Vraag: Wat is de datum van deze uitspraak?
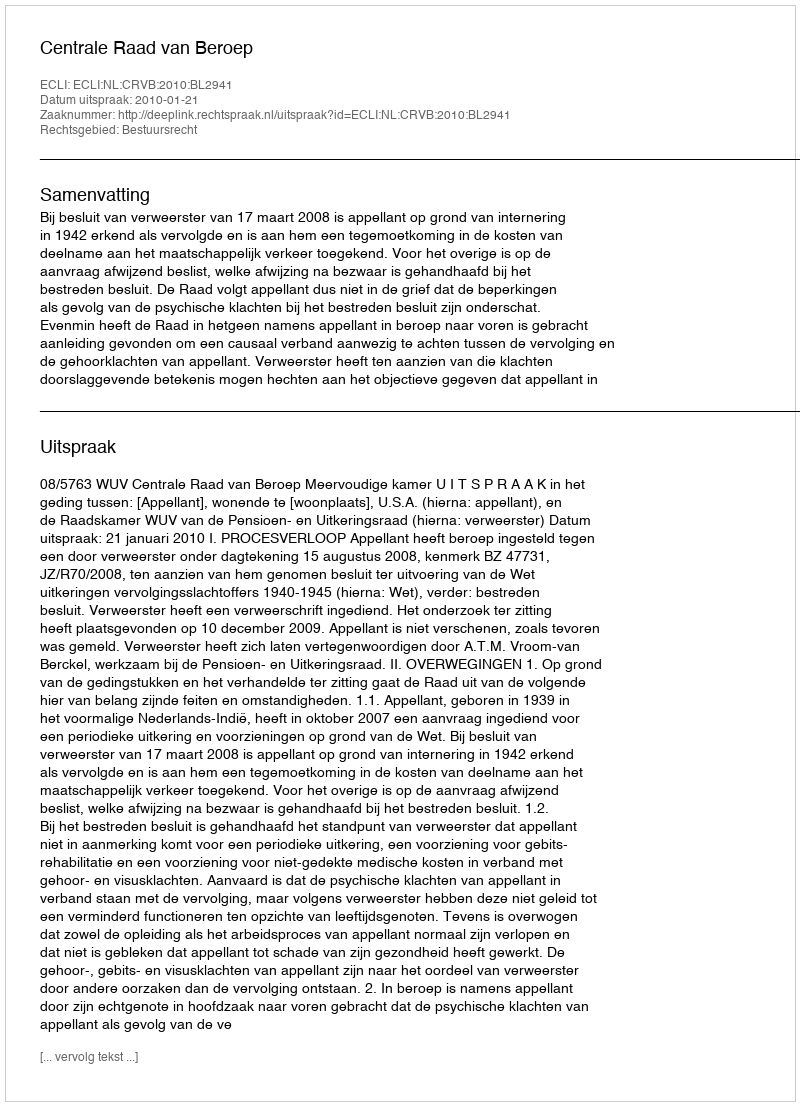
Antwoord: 2010-01-21